Vaccination Hyderabad 1890-1903 - 1890-1903
Year: 1890
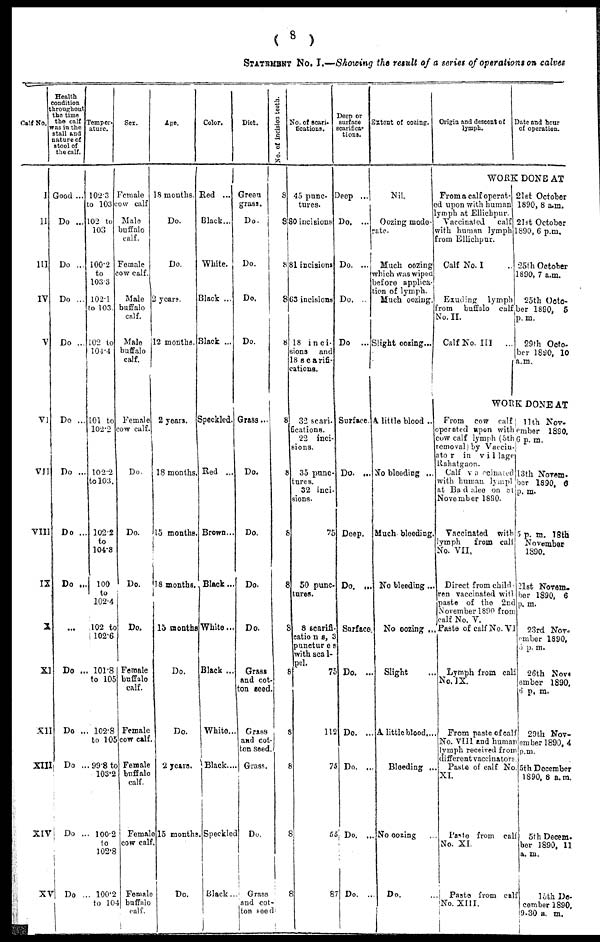
( 8
)
STATEMENT No. I.—Showing the result of a series of operations on calves
Calf No.
I
II
III
IV
V
VI
VII
VIII
IX
X
XI
XII
XIII
XIV
XV
Health
condition
throughout
the time
the calf
was in the
stall and
nature of
stool of
the calf.
Good ...
Do ...
Do ...
Do ...
Do ...
Do ...
Do ...
Do ...
Do ..
...
Do ...
Do ...
Do ...
Do ...
Do ...
Temper-
ature.
102.3
to 103
102 to
103
100.2
to
103.3
102.1
to 103.
102 to
104.4
101 to
102.2
102.2
to 103.
102.2
to
104.8
100
to
102.4
102 to
102.6
101.8
to 105
102.8
to 105
99.8 to
103.2
100.2
to
102.8
100.2
to 104
Sex.
Female
cow calf
Male
buffalo
calf.
Female
cow calf.
Male
buffalo
calf.
Male
buffalo
calf.
Female
cow calf.
Do.
Do.
Do.
Do.
Female
buffalo
calf.
Female
cow calf.
Female
buffalo
calf.
Female
cow calf.
Female
buffalo
calf.
Age.
18 months.
Do.
Do.
2 years.
12 months.
2 years.
18 months.
15 months.
18 months.
15 months
Do.
Do.
2 years.
15 months.
Do.
Color.
Red ...
Black...
White.
Black ...
Black ...
Speckled.
Red ...
Brown...
Black...
White...
Black ...
White...
Black....
Speckled
Black...
Diet.
Green
grass.
Do.
Do.
Do.
Do.
Grass ...
Do.
Do.
Do.
Do.
Grass
and cot-
ton seed
Grass
and cot-
ton seed.
Grass.
Do.
Grass
and cot-
ton seed
No. of incision teeth.
8
8
8
8
8
8
8
8
8
8
8
8
8
8
8
No. of scari-
fications.
45 punc-
tures.
80 incisions
81 Incisions
63 incisions
18 inci-
sions and
18 scarifi-
cations.
32 scari-
fications.
22 inci-
sions.
35 punc-
tures.
32 inci-
sions.
75
50 punc-
tures.
8 scarifi-
cations, 3
punetures
with scal-
pel.
75
112
75
55
87
Deep or
surface
scarifica-
tions.
Deep ...
Do. ...
Do. ...
Do. ...
Do ...
Surface.
Do. ...
Deep.
Do. ...
Surface.
Do. ...
Do. ...
Do. ...
Do. ...
Do. ...
Extent of oozing.
Nil.
Oozing mode-
rate
Much oozing
which was wiped
before applica-
tion of lymph.
Much oozing.
Slight oozing...
A little blood ..
No bleeding ...
Much. bleeding.
No bleeding...
No oozing ...
Slight
Alittle blood....
Bleeding ...
No oozing
Do.
...
Origin and descent of
lymph.
Date and hour
of operation.
WORK DONEAT
Froma calf operat-
ed upon with human
lymph at Ellichpur.
Vaccinated calf
with human lymph
from Ellichpur.
Calf No. I
Exuding lymph
from buffalo calf
No. II.
Calf No. III ...
21st October
1890, 8 a.m.
21st October
1890, 6 p.m.
25th October
1890, 7 a.m.
25th Octo-
ber 1890, 5
p.m.
29th Octo-
ber 1890, 10
a.m.
WORK DONEAT
From cow calf
operated upon with
cow calf lymph (5th
removal) by Vaccin-
ator in vi1lage
Rahatgaon.
Calf vaccinated
with human lympl
at Badalee on 81
November 1890.
Vaccinated with
lymph
from calf
No. VII.
Direct from child
ren vaccinated with
paste of the 2nd
November 1890 from
calf No. V.
Paste of calf No. VI
Lymph from calf
No.IX.
From paste of ealf
No. VIII and human
lymph received from
different vaccinators.
Paste of calf No.
XI.
Paste from calf
No. XI.
Paste from calf
No. XIII.
11th Nov-
ember 1890.
6 p. m.
13th Novem-
ber 1890, 6
p. m.
5 p. m. 18th
November
1890.
21st Novem-
ber 1890, 6
p, m.
23rd Nov-
ember 1890,
5 p. m.
26th Nov-
ember 1890,
6 p. m.
29th Nov-
ember 1890, 4
p.m.
5th December
1890, 8 a.m.
5th Decem-
ber 1890, 11
a. m.
l5th De-
cember 1890,
9.30 a. m.